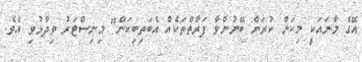
އޭގެ މާނައަކީ މިކަން ކުރަން ބޭނުންވާ ފަރާތްތަކެއް އެބަތިބިކަން" މިނިސްޓަރު ވިދާޅުވި އެވެ.